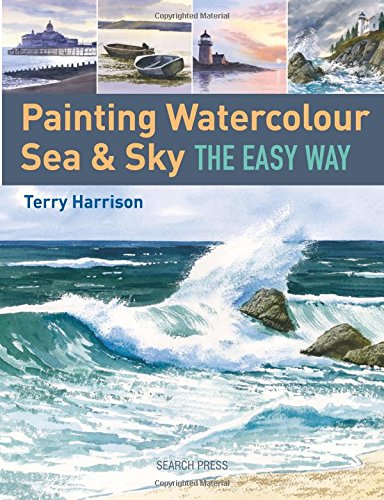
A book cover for Painting Watercolour Sea & Sky the Easy Way; Terry Harrison; Arts & Photography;